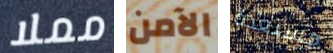
مملا الآمن مستعدة